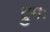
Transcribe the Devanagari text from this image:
द्रुमः